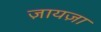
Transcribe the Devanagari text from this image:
ज़ायज़ा